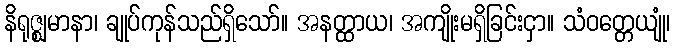
နိရုဇ္ဈမာနာ၊ ချုပ်ကုန်သည်ရှိသော်။ အနတ္ထာယ၊ အကျိုးမရှိခြင်းငှာ။ သံဝတ္တေယျုံ၊